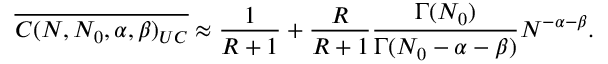
\overline { { C ( N , N _ { 0 } , \alpha , \beta ) _ { U C } } } \approx \frac { 1 } { R + 1 } + \frac { R } { R + 1 } \frac { \Gamma ( N _ { 0 } ) } { \Gamma ( N _ { 0 } - \alpha - \beta ) } N ^ { - \alpha - \beta } .